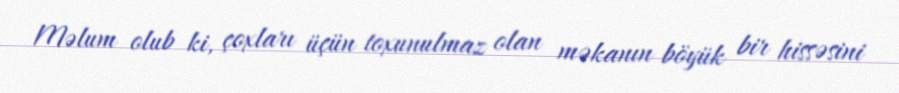
Məlum olub ki, çoxları üçün toxunulmaz olan məkanın böyük bir hissəsini